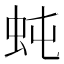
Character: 𧉙